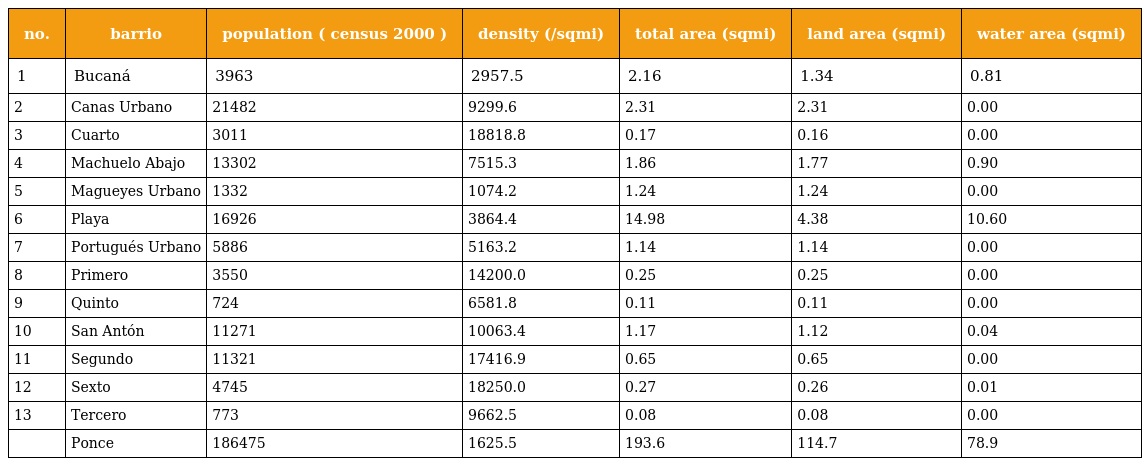
| no. | barrio | population ( census 2000 ) | density (/sqmi) | total area (sqmi) | land area (sqmi) | water area (sqmi) |
 | --- | --- | --- | --- | --- | --- | --- |
 | 1 | Bucaná | 3963 | 2957.5 | 2.16 | 1.34 | 0.81 |
 | 2 | Canas Urbano | 21482 | 9299.6 | 2.31 | 2.31 | 0.00 |
 | 3 | Cuarto | 3011 | 18818.8 | 0.17 | 0.16 | 0.00 |
 | 4 | Machuelo Abajo | 13302 | 7515.3 | 1.86 | 1.77 | 0.90 |
 | 5 | Magueyes Urbano | 1332 | 1074.2 | 1.24 | 1.24 | 0.00 |
 | 6 | Playa | 16926 | 3864.4 | 14.98 | 4.38 | 10.60 |
 | 7 | Portugués Urbano | 5886 | 5163.2 | 1.14 | 1.14 | 0.00 |
 | 8 | Primero | 3550 | 14200.0 | 0.25 | 0.25 | 0.00 |
 | 9 | Quinto | 724 | 6581.8 | 0.11 | 0.11 | 0.00 |
 | 10 | San Antón | 11271 | 10063.4 | 1.17 | 1.12 | 0.04 |
 | 11 | Segundo | 11321 | 17416.9 | 0.65 | 0.65 | 0.00 |
 | 12 | Sexto | 4745 | 18250.0 | 0.27 | 0.26 | 0.01 |
 | 13 | Tercero | 773 | 9662.5 | 0.08 | 0.08 | 0.00 |
 |  | Ponce | 186475 | 1625.5 | 193.6 | 114.7 | 78.9 |